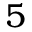
5